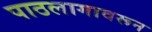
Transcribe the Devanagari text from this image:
पाठलागावरून